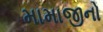
મામાજીનો